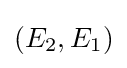
(E_{2},E_{1})